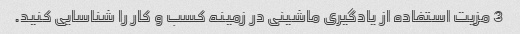
3 مزیت استفاده از یادگیری ماشینی در زمینه کسب و کار را شناسایی کنید.